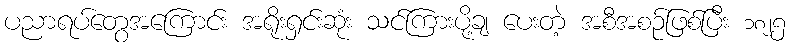
ပညာရပ်တွေအကြောင်း အရိုးရှင်းဆုံး သင်ကြားပို့ချ ပေးတဲ့ အစီအစဉ်ဖြစ်ပြီး ၁၈၂၅